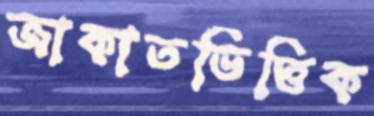
জাকাতভিত্তিক